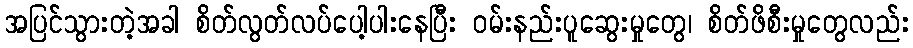
အပြင်သွားတဲ့အခါ စိတ်လွတ်လပ်ပေါ့ပါးနေပြီး ဝမ်းနည်းပူဆွေးမှုတွေ၊ စိတ်ဖိစီးမှုတွေလည်း